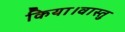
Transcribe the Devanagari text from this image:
किया।वास्तु